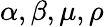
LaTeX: \alpha,\beta,\mu,\rho